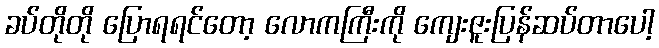
ခပ်တိုတို ပြောရရင်တော့ လောကကြီးကို ကျေးဇူးပြန်ဆပ်တာပေါ့